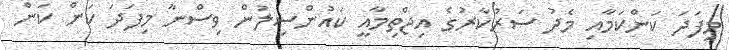
މިފަދަ ކަންކަމާއި މެދު ސަރުކާރުގެ އިޖްތިމާއީ ކައުންސިލުން ވިސްނާ މިފަދަ ކަން ކަން